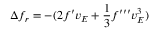
\Delta f _ { r } = - ( 2 f ^ { \prime } v _ { \cal E } + { \frac { 1 } { 3 } } f ^ { \prime \prime \prime } v _ { \cal E } ^ { 3 } )